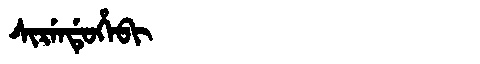
Manchu: ᠰᡳᡵᡝᠨᡩᡠᡥᡝᠪᡳ
Romanization: SIRENDUHEBI